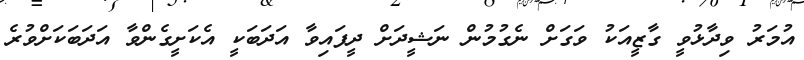
އުމަރު ވިދާޅުވީ ގާޒީއަކު ވަގަށް ނެގުމުން ނަޝީދަށް ދީފައިވާ އަދަބަކީ އެކަށީގެންވާ އަދަބަކަށްވުރެ